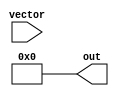
module const_matrix_multiply #(
	parameter C = 4,
	parameter R = C,
	parameter [C*R-1:0] MATRIX = 0
) (
	input [R-1:0] vector,
	output [C-1:0] out
);
	parameter LOG2C = $clog2(C+1);
	function integer degree;
		input [LOG2C-1:0] row;
		integer i;
		integer c;
	begin
		c = 0;
		for (i = 0; i < C; i = i + 1)
			c = c + MATRIX[row*C+i];
		degree = c;
	end
	endfunction
	function [LOG2C*C-1:0] idx;
		input [LOG2C-1:0] row;
		input [LOG2C-1:0] max;
		integer i;
		integer c;
	begin
		c = 0;
		for (i = 0; i < C; i = i + 1) begin
			idx[LOG2C*i+:LOG2C] = c;
			if (MATRIX[row*C+i] && c < max)
				c = c + 1;
		end
	end
	endfunction
	genvar i, j;
	for (i = 0; i < R; i = i + 1) begin : OUT
		localparam DEGREE = degree(i);
		if (DEGREE > 0) begin
			localparam [LOG2C*C-1:0] IDXS = idx(i, DEGREE - 1);
			wire [DEGREE-1:0] terms;
			for (j = 0; j < C; j = j + 1) begin : TERMS
				localparam IDX = IDXS[LOG2C*j+:LOG2C];
				if (MATRIX[i*C+j])
					assign terms[IDX] = vector[j];
			end
			assign out[i] = ^terms;
		end else
			assign out[i] = 0;
	end
endmodule